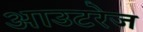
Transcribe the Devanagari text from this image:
आउटरेज